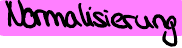
Normalisierung